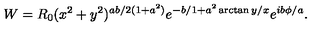
W = R _ { 0 } ( x ^ { 2 } + y ^ { 2 } ) ^ { a b / 2 ( 1 + a ^ { 2 } ) } e ^ { - b / 1 + a ^ { 2 } \arctan y / x } e ^ { i b \phi / a } .